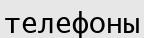
телефоны